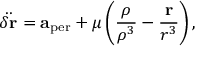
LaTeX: { \ddot { \delta \mathbf { r } } } = \mathbf { a } _ { \mathrm { p e r } } + \mu \left( { \frac { \boldsymbol { \rho } } { \rho ^ { 3 } } } - { \frac { \mathbf { r } } { r ^ { 3 } } } \right) ,